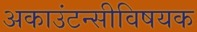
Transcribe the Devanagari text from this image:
अकाउंटन्सीविषयक